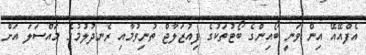
އެފްއޭއޭ އިން ވަނީ ބޯއިންގެ ބޯޓުތަކުގެ ފިއުޒަލާޖް ތުނިވުމާއި ރެނދުލުމުގެ މައްސަލަ އަށް